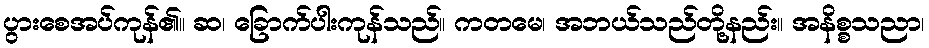
ပွားစေအပ်ကုန်၏။ ဆ၊ ခြောက်ပါးကုန်သည်။ ကတမေ၊ အဘယ်သည်တို့နည်း။ အနိစ္စသညာ၊